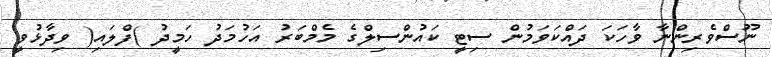
ނޫސްވެރިންނާ ވާހަކަ ދައްކަވަމުން ސިޓީ ކައުންސިލްގެ މެމްބަރު އަހުމަދު ހަމީދު )ފްލައި( ވިދާޅުވީ